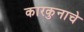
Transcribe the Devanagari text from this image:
कारकुनाचे